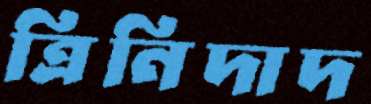
ত্রিনিদাদ